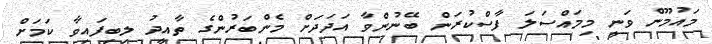
މައުމޫން ވަނީ މިމައްސަލަ ފާސްކުރަން ބޭނުންވާ އަދަދަށް މެންބަރުންގެ ތާއީދު ލިބިފައިވާ ކަމަށް